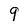
Character: 9